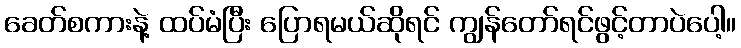
ခေတ်စကားနဲ့ ထပ်မံပြီး ပြောရမယ်ဆိုရင် ကျွန်တော်ရင်ဖွင့်တာပဲပေါ့။